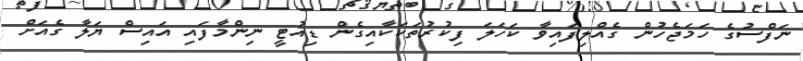
ނަފްސުގެ ހަމަޖެހުން ގެއްލިފައިވާ ކަހަލަ ފިކުރުތަކަކާއިގެން ޑިއުޓީ ނިންމާފައި އައިސް ޔަލާ ގެއަށް